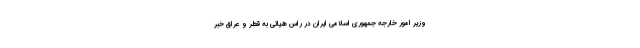
وزیر امور خارجه جمهوری اسلامی ایران در راس هیاتی به قطر و عراق خبر